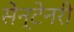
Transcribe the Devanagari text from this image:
सेन्टेनरी